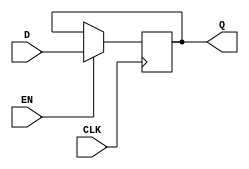
module StoreRegister (
    input wire CLK,      // Clock input
    input wire EN,       // Enable input
    input wire [N-1:0] D, // Data input (N-bit wide)
    output reg [N-1:0] Q  // Data output (N-bit wide)
);
    parameter N = 8; // Define the width of the register (default is 8 bits)

    // Initial state of the register
    initial begin
        Q = 0; // Initialize Q to 0
    end

    // Sequential logic for the Store Register
    always @(posedge CLK) begin
        if (EN) begin
            Q <= D; // Update Q with D when EN is high
        end
        // If EN is low, Q retains its previous value
    end
endmodule